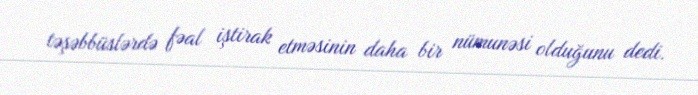
təşəbbüslərdə fəal iştirak etməsinin daha bir nümunəsi olduğunu dedi.